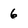
Character: 6